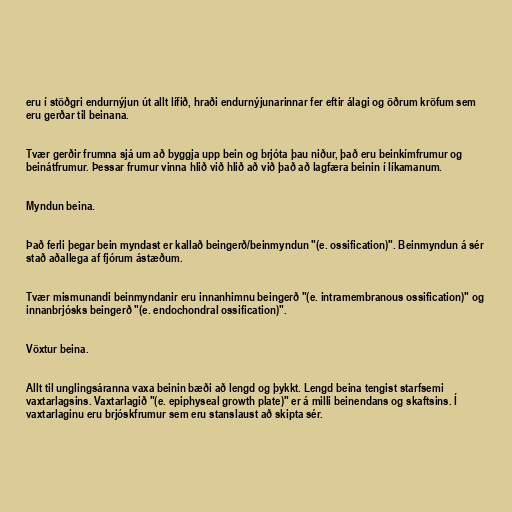
eru í stöðgri endurnýjun út allt lífið, hraði endurnýjunarinnar fer eftir álagi og öðrum kröfum sem
eru gerðar til beinana.

Tvær gerðir frumna sjá um að byggja upp bein og brjóta þau niður, það eru beinkímfrumur og
beinátfrumur. Þessar frumur vinna hlið við hlið að við það að lagfæra beinin í líkamanum.

Myndun beina.

Það ferli þegar bein myndast er kallað beingerð/beinmyndun "(e. ossification)". Beinmyndun á sér
stað aðallega af fjórum ástæðum.

Tvær mismunandi beinmyndanir eru innanhimnu beingerð "(e. intramembranous ossification)" og
innanbrjósks beingerð "(e. endochondral ossification)".

Vöxtur beina.

Allt til unglingsáranna vaxa beinin bæði að lengd og þykkt. Lengd beina tengist starfsemi
vaxtarlagsins. Vaxtarlagið "(e. epiphyseal growth plate)" er á milli beinendans og skaftsins. Í
vaxtarlaginu eru brjóskfrumur sem eru stanslaust að skipta sér.